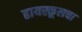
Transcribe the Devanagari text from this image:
हायस्कूलचा